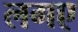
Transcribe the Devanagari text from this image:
लगए